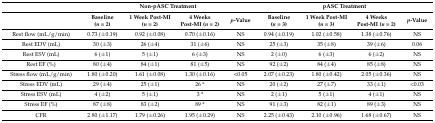
|  | <COLSPAN=4> Non-pASC Treatment | <COLSPAN=4> pASC Treatment |
 |  | Baseline (n = 2) | 1 Week Post-MI (n = 2) | 4 Weeks Post-MI (n = 2) | p-Value | Baseline (n = 3) | 1 Week Post-MI (n = 3) | 4 Weeks Post-MI (n = 2) | p-Value |
 | --- | --- | --- | --- | --- | --- | --- | --- | --- |
 | Rest flow (mL/g/min) | 0.73 (±0.19) | 0.92 (±0.08) | 0.70 (±0.16) | NS | 0.94 (±0.19) | 1.02 (±0.58) | 1.38 (±0.76) | NS |
 | Rest EDV (mL) | 30 (±3) | 26 (±4) | 31 (±6) | NS | 25 (±3) | 35 (±8) | 39 (±6) | 0.06 |
 | Rest ESV (mL) | 6 (±1) | 5 (±1) | 6 (±3) | NS | 2 (±0) | 6 (±3) | 6 (±2) | NS |
 | Rest EF (%) | 80 (±4) | 84 (±1) | 81 (±5) | NS | 92 (±2) | 84 (±4) | 85 (±8) | NS |
 | Stress flow (mL/g/min) | 1.80 (±0.20) | 1.61 (±0.08) | 1.30 (±0.16) | <0.05 | 2.07 (±0.23) | 1.80 (±0.42) | 2.05 (±0.36) | NS |
 | Stress EDV (mL) | 29 (±4) | 25 (±1) | 26 * | NS | 20 (±2) | 27 (±7) | 33 (±1) | <0.03 |
 | Stress ESV (mL) | 4 (±2) | 5 (±1) | 3 * | NS | 2 (±1) | 5 (±1) | 4 (±1) | NS |
 | Stress EF (%) | 87 (±8) | 83 (±2) | 89 * | NS | 91 (±3) | 82 (±1) | 89 (±3) | NS |
 | CFR | 2.80 (±1.17) | 1.79 (±0.26) | 1.95 (±0.29) | NS | 2.25 (±0.43) | 2.10 (±0.96) | 1.68 (±0.67) | NS |